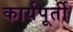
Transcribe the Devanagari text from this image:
कार्यपूर्ती